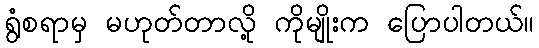
ရွံစရာမှ မဟုတ်တာလို့ ကိုမျိုးက ပြောပါတယ်။